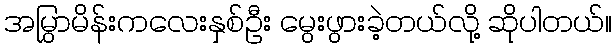
အမြွှာမိန်းကလေးနှစ်ဦး မွေးဖွားခဲ့တယ်လို့ ဆိုပါတယ်။